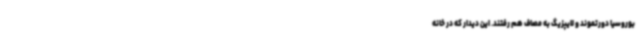
بوروسیا دورتموند و لایپزیگ به مصاف هم رفتند. این دیدار که در خانه